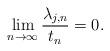
LaTeX: \begin{align*} \lim_{n\to\infty}\frac{\lambda_{j,n}}{t_n}=0.\end{align*}